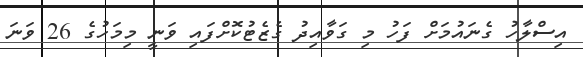
އިސްލާހު ގެނައުމަށް ފަހު މި ގަވާއިދު ގެޒެޓުކޮށްފައި ވަނީ މިމަހުގެ 26 ވަނަ